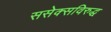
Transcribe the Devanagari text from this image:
ससेक्सविरुद्ध